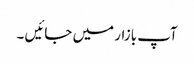
آپ بازار میں جائیں ۔